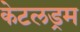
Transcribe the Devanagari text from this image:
केटलड्रम